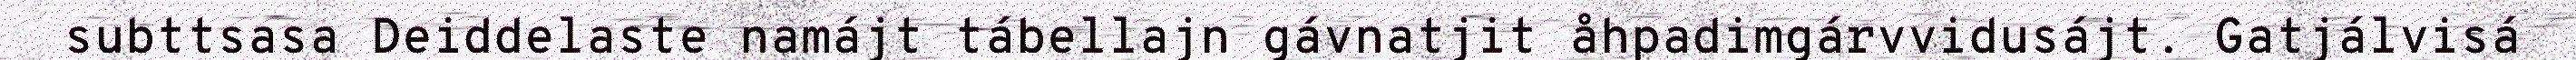
subttsasa Deiddelaste namájt tábellajn gávnatjit åhpadimgárvvidusájt. Gatjálvisá